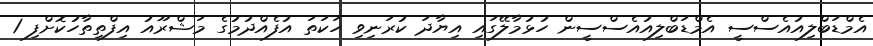
އެމްޑަބްލިއުއެސްސީ އެމްޑަބްލިއުއެސްސީން ހުޅުމާލޭގައި އިޔާދަ ކުރަނިވި ހަކަތަ އުފެއްދުމުގެ މަޝްރޫއު އިފްތިތާހުކޮށްފި 1